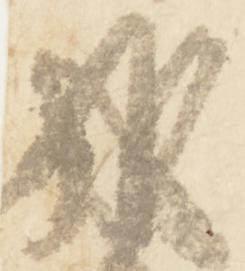
雅